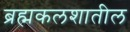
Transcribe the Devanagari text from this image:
ब्रह्मकलशातील